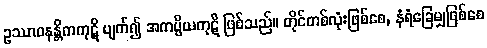
ဥဿာဝနန္တိကကုဋိ ပျက်၍ အကပ္ပိယကုဋိ ဖြစ်သည်။ တိုင်တစ်လုံးဖြစ်စေ, နံရံခြေမျှဖြစ်စေ